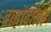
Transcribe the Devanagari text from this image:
बाहोंवाला